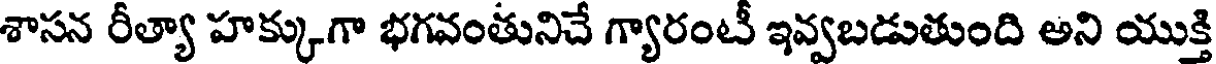
శాసన రీత్యా హక్కుగా భగవంతునిచే గ్యారంటీ ఇవ్వబడుతుంది అని యుక్తి